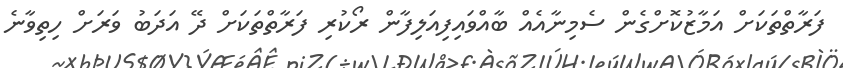
ފަރާތްތަކަށް އަމާޒުކޮށްގެން ސެމިނާއެއް ބާއްވައިފިއަލިފާން ރޯކުރި ފަރާތްތަކަށް ދޭ އަދަބު ވަރަށް ހިތިވާނެ